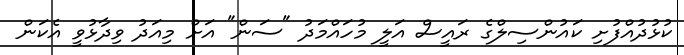
ކުޅުދުއްފުށި ކައުންސިލްގެ ރައީސް އަލީ މުހައްމަދު "ސަން" އަށް މިއަދު ވިދާޅުވީ އެކަން